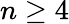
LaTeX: n\ge 4